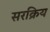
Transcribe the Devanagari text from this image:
सरक्रिय